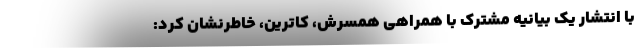
با انتشار یک بیانیه مشترک با همراهی همسرش، کاترین، خاطرنشان کرد: